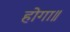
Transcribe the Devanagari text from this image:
होगा॥